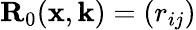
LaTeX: {\mathbf{R}}_{0}(\mathbf{x},\mathbf{k})=(r_{ij})